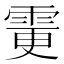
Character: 𩂼